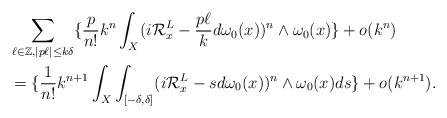
LaTeX: \begin{align*} &\sum_{\ell\in\mathbb{Z},\left\vert p\ell\right\vert\leq k\delta}\lbrace\frac{p}{n!}k^{n}\int_X(i\mathcal{R}^L_x-\frac{p\ell}{k}d\omega_0(x))^{n}\wedge\omega_0(x) \rbrace+o(k^{n})\\&=\lbrace\frac{1}{n!}k^{n+1}\int_X\int_{[-\delta,\delta]}(i\mathcal{R}^L_x-sd\omega_0(x))^{n}\wedge\omega_0(x)ds\rbrace+o(k^{n+1}).\end{align*}